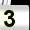
Digit: 3